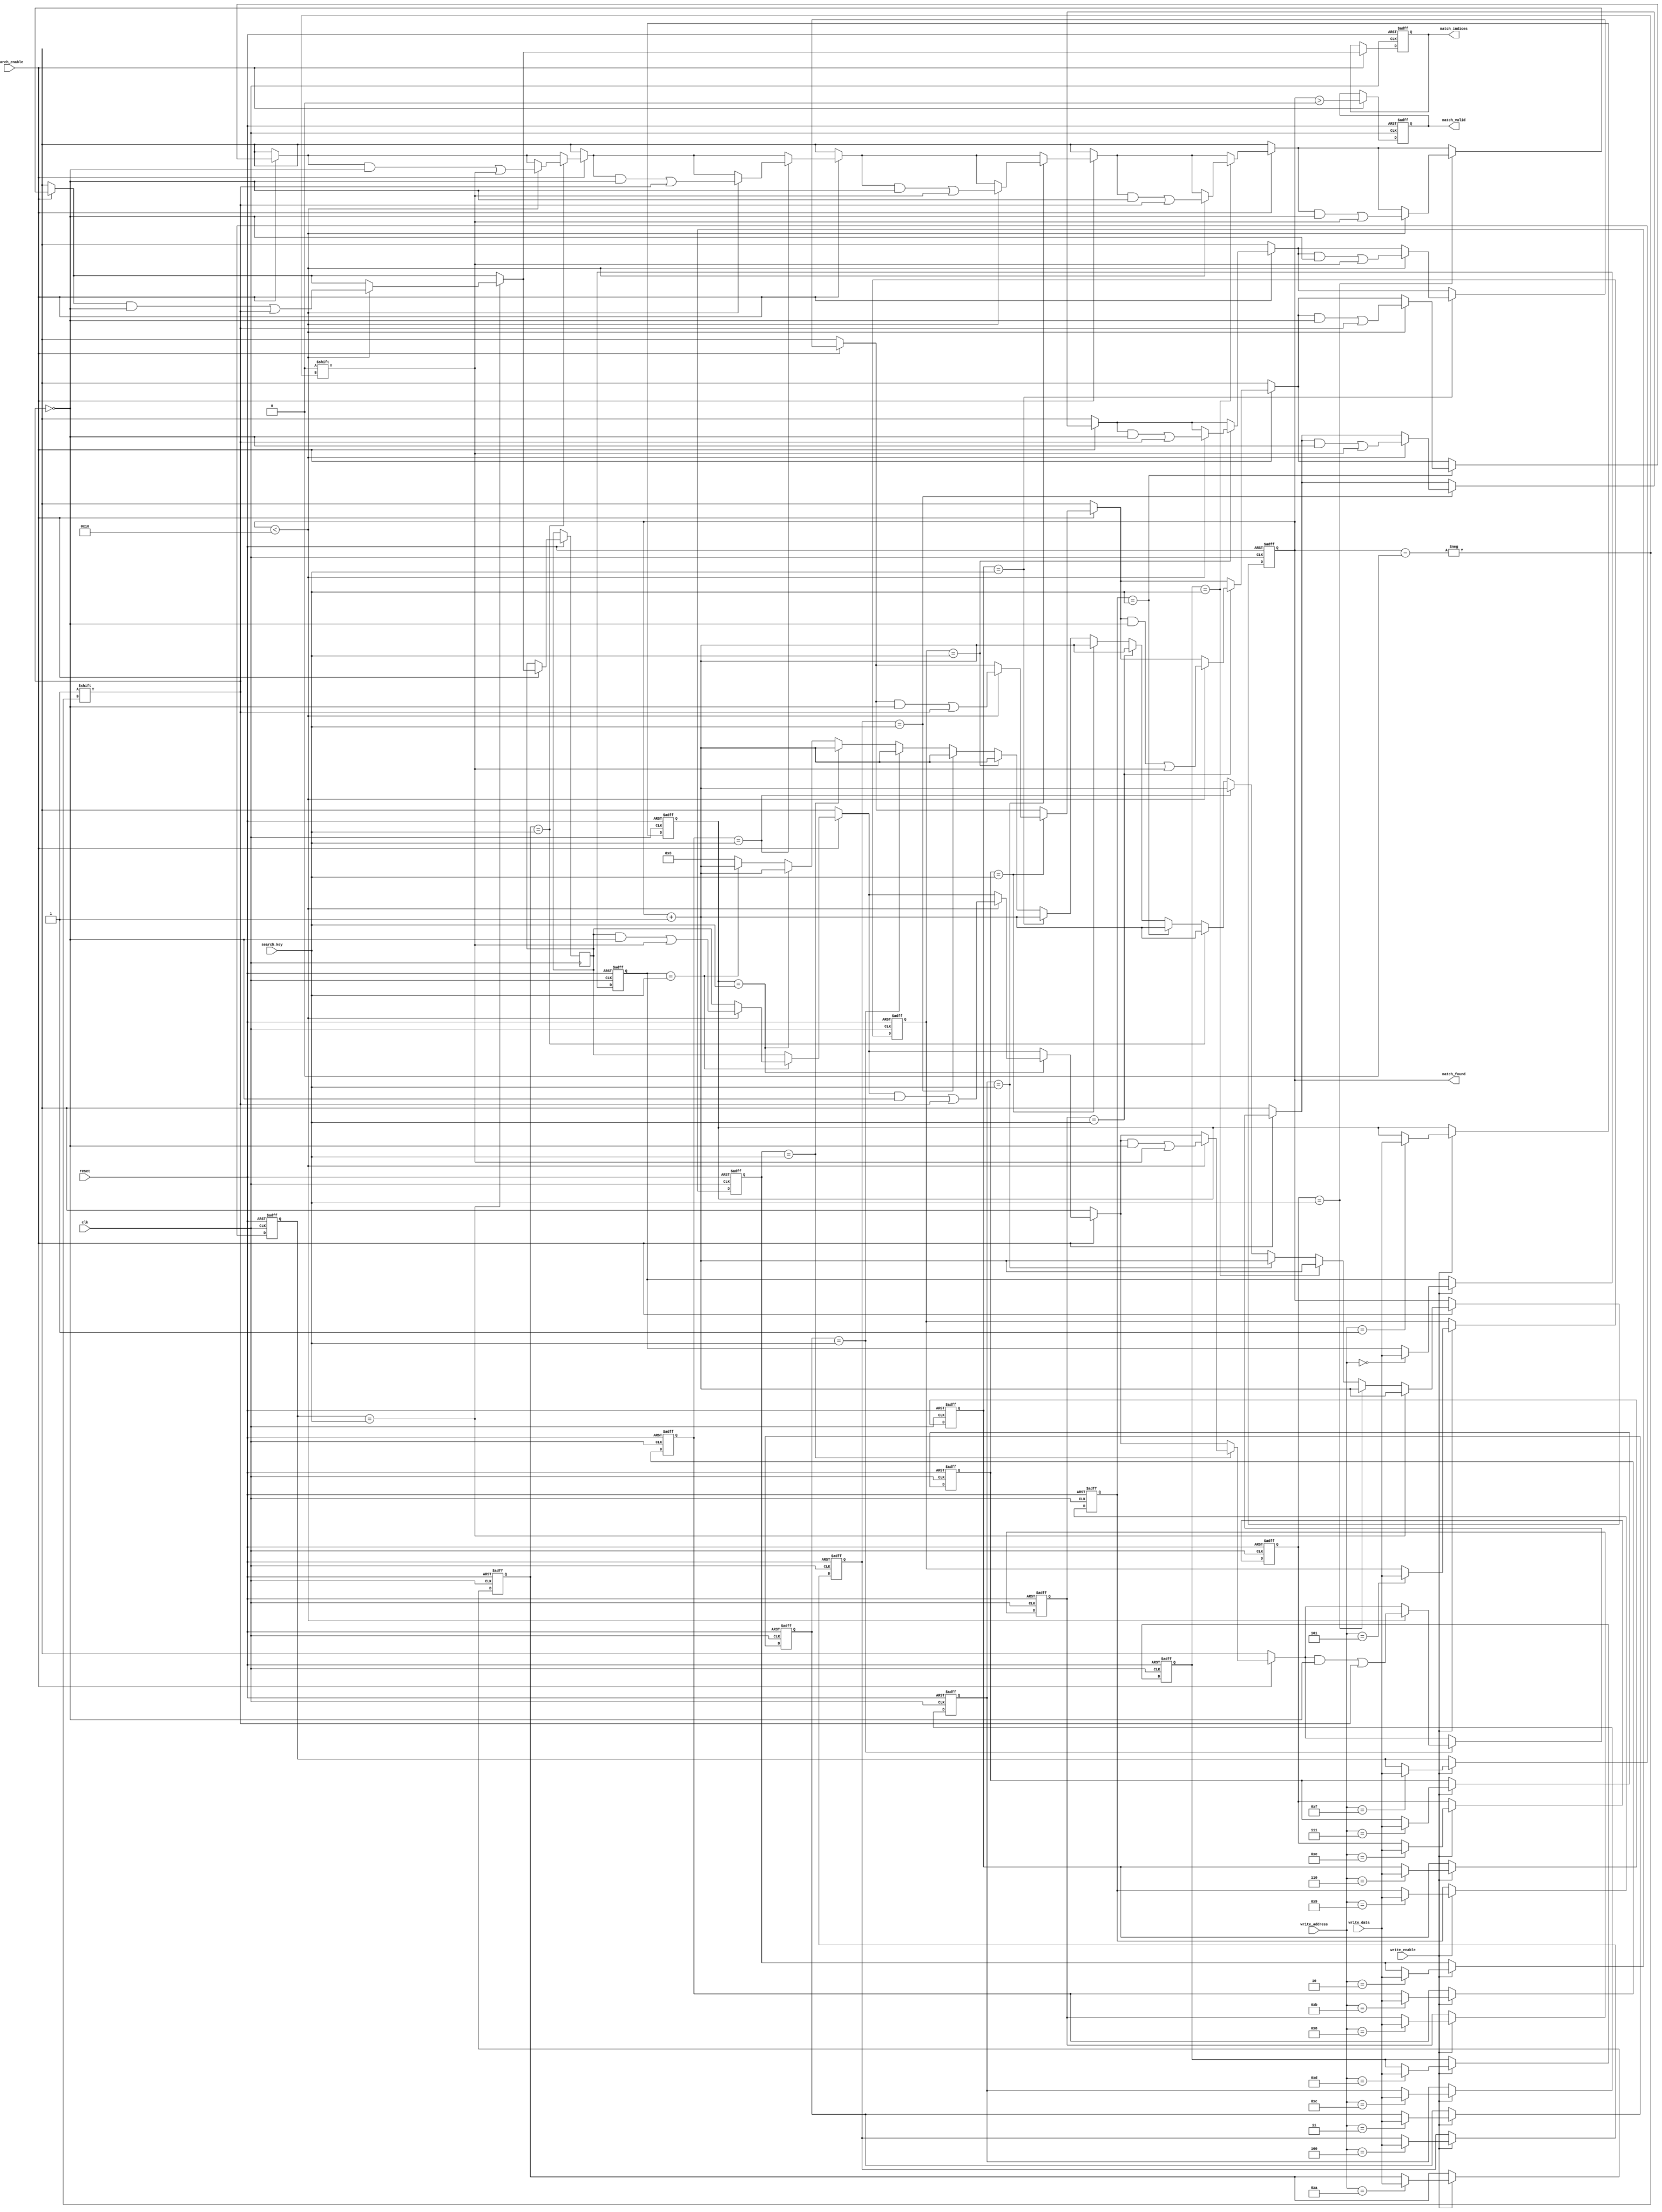
module MultiMatchCAM #(
    parameter DATA_WIDTH = 8,  // Width of data in bits
    parameter ADDR_WIDTH = 4,   // Number of addressable entries
    parameter MATCH_COUNT = 16  // Maximum number of matches to return
)(
    input  wire                    clk,
    input  wire                    reset,
    input  wire                    write_enable,
    input  wire [ADDR_WIDTH-1:0]  write_address,
    input  wire [DATA_WIDTH-1:0]   write_data,
    input  wire [DATA_WIDTH-1:0]   search_key,
    input  wire                    search_enable,
    output reg [MATCH_COUNT-1:0]  match_indices, // Match result indices
    output reg [3:0]               match_found,   // Number of matches found
    output reg                     match_valid     // Indicates valid match results
);

    // Memory array to store data entries
    reg [DATA_WIDTH-1:0] memory [0:(1 << ADDR_WIDTH)-1];

    // Internal signal to hold match results
    reg [MATCH_COUNT-1:0] temp_match_indices;
    integer i;

    // Write operation
    always @(posedge clk or negedge reset) begin
        if (!reset) begin
            // Reset memory
            for (i = 0; i < (1 << ADDR_WIDTH); i = i + 1) begin
                memory[i] <= {DATA_WIDTH{1'b0}};
            end
        end else if (write_enable) begin
            memory[write_address] <= write_data;  // Write data to memory
        end
    end

    // Search operation
    always @(posedge clk or negedge reset) begin
        if (!reset) begin
            match_indices <= {MATCH_COUNT{1'b0}};
            match_found <= 4'b0000;
            match_valid <= 1'b0;
        end else if (search_enable) begin
            match_found <= 4'b0000;  // Reset the match count
            temp_match_indices <= {MATCH_COUNT{1'b0}}; // Reset match indices

            // Search for matches
            for (i = 0; i < (1 << ADDR_WIDTH); i = i + 1) begin
                if (memory[i] == search_key) begin
                    match_found <= match_found + 1; // Increment match count
                    // Store the index of the match
                    if (match_found < MATCH_COUNT) begin
                        temp_match_indices[match_found] = i; // Store match index
                    end
                end
            end
            
            match_indices <= temp_match_indices; // Update match indices
            match_valid <= (match_found > 0); // Set valid flag if matches found
        end
    end
endmodule